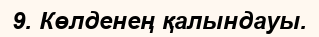
9. Көлденең қалындауы.